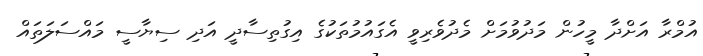
އުމްރާ އަށްދާ މީހުން މަދުވުމަށް މެދުވެރިވީ އެގައުމުތަކުގެ އިގުތިސާދީ އަދި ސިޔާސީ މައްސަލަތައް